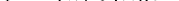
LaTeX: \smash{\phi\equiv(\pi/6)n_{0}\sigma^{3}}